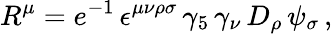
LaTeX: R^{\mu}=e^{-1}\, \epsilon^{\mu\nu\rho\sigma}\, \gamma_{5}\, \gamma_{\nu}\, D_{\rho}\, \psi_{\sigma}\, ,